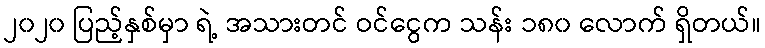
၂၀၂၀ ပြည့်နှစ်မှာ ရဲ့ အသားတင် ဝင်ငွေက သန်း ၁၈၀ လောက် ရှိတယ်။